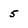
Character: 5